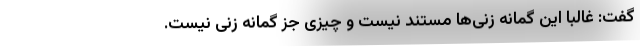
گفت: غالباً این گمانه زنی‌ها مستند نیست و چیزی جز گمانه زنی نیست.